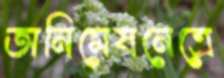
অনিমেষনেত্রে